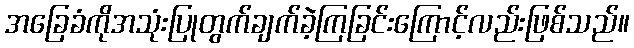
အခြေခံကိုအသုံးပြုတွက်ချက်ခဲ့ကြခြင်းကြောင့်လည်းဖြစ်သည်။